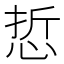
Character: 悊